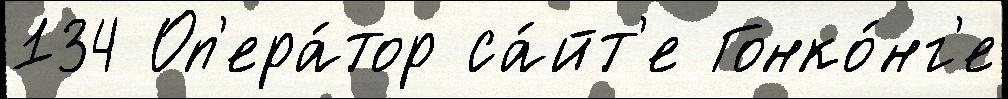
134 Оп'ера́тор са́йт'е Гонко́нг'е